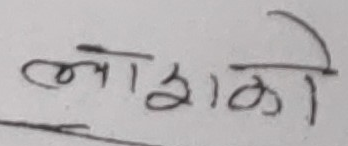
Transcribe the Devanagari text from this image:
लामोको